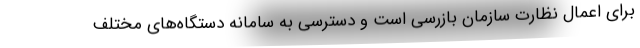
برای اعمال نظارت سازمان بازرسی است و دسترسی به سامانه دستگاه‌های مختلف